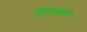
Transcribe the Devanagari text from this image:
निराकारो